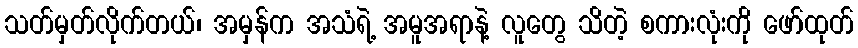
သတ်မှတ်လိုက်တယ်၊ အမှန်က အသံရဲ့ အမူအရာနဲ့ လူတွေ သိတဲ့ စကားလုံးကို ဖော်ထုတ်